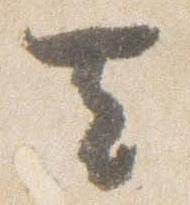
去